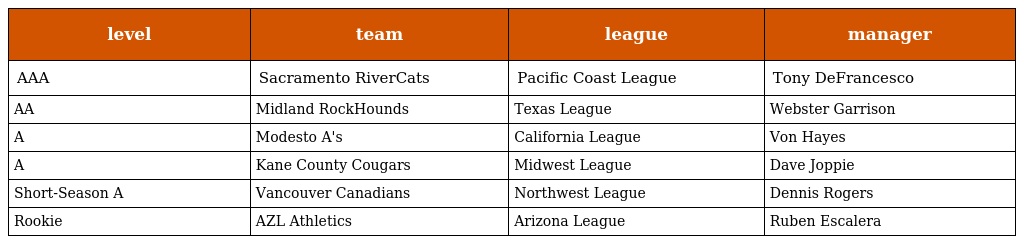
| level | team | league | manager |
 | --- | --- | --- | --- |
 | AAA | Sacramento RiverCats | Pacific Coast League | Tony DeFrancesco |
 | AA | Midland RockHounds | Texas League | Webster Garrison |
 | A | Modesto A's | California League | Von Hayes |
 | A | Kane County Cougars | Midwest League | Dave Joppie |
 | Short-Season A | Vancouver Canadians | Northwest League | Dennis Rogers |
 | Rookie | AZL Athletics | Arizona League | Ruben Escalera |